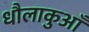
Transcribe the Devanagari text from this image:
धौलाकुआँ